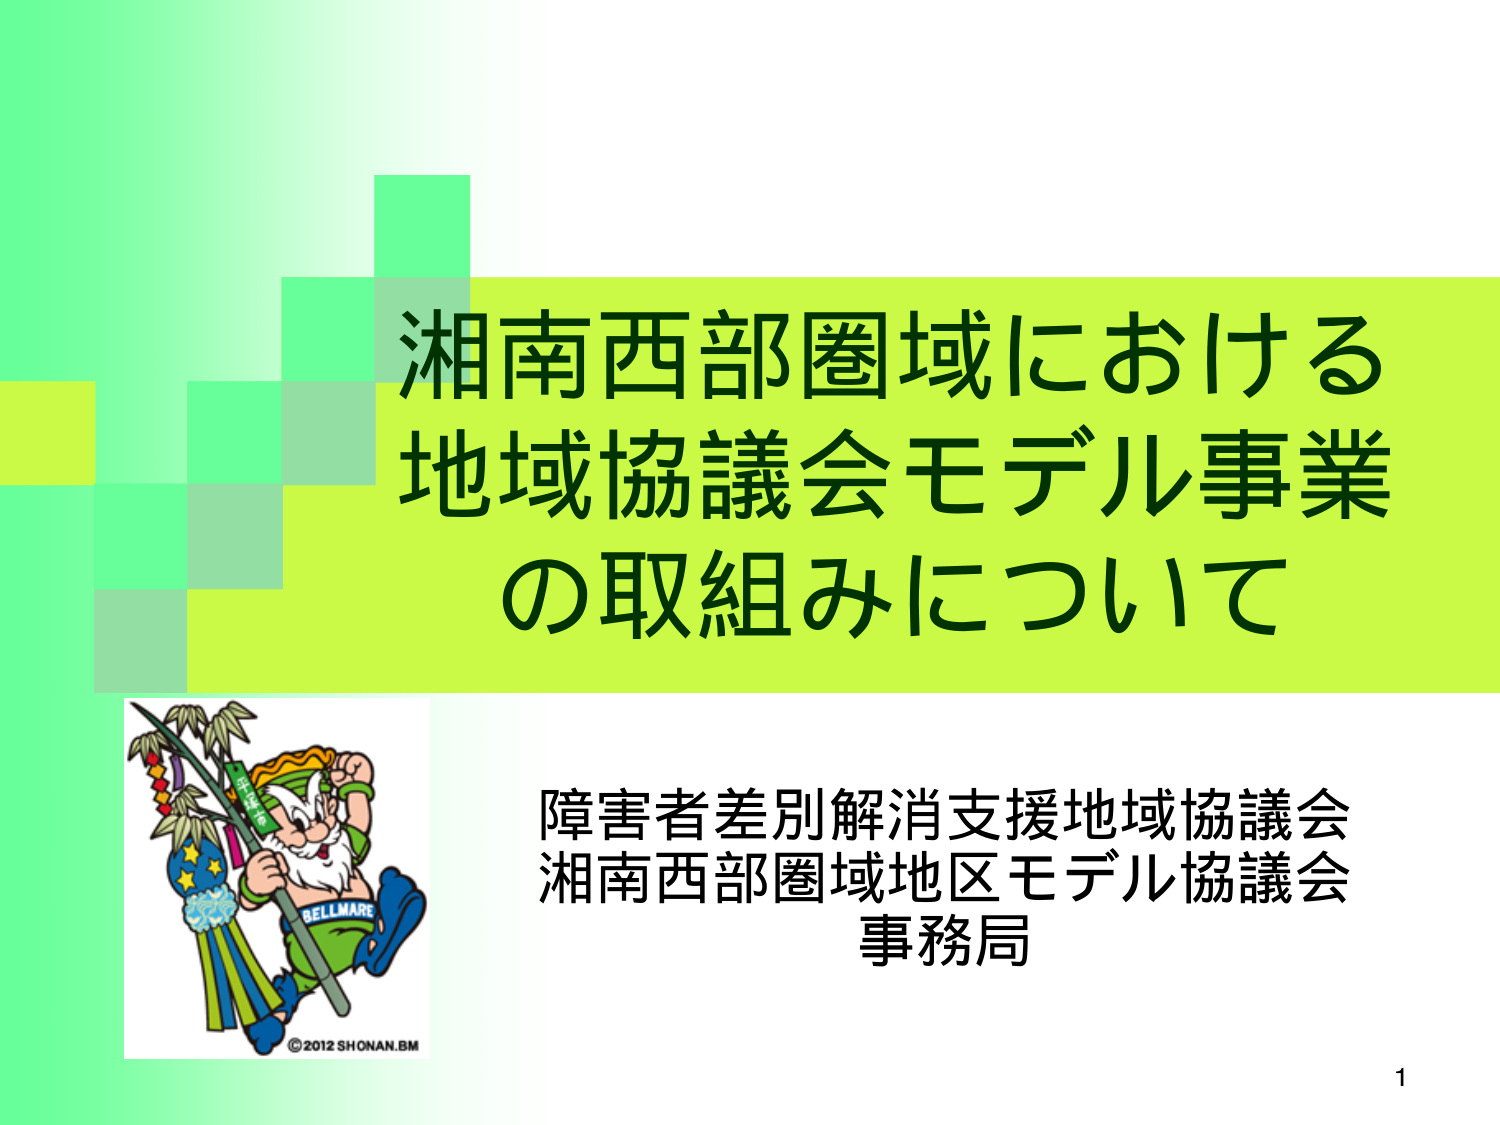
湘南西部圏域における
地域協議会モデル事業
の取組みについて

障害者差別解消支援地域協議会
湘南西部圏域地区モデル協議会
事務局

©2012 SHONAN.BM
1